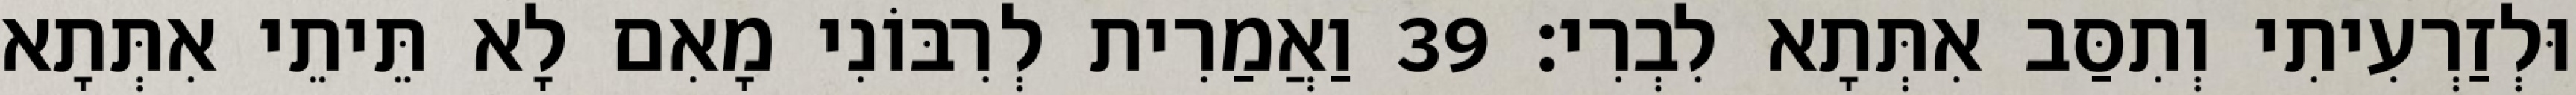
וּלְזַרְעִיתִי וְתִסַּב אִתְּתָא לִבְרִי׃ 39 וַאֲמַרִית לְרִבּוֹנִי מָאִם לָא תֵּיתֵי אִתְּתָא